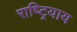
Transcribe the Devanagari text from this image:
राष्ट्रियाय